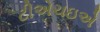
ટીએચઇએ